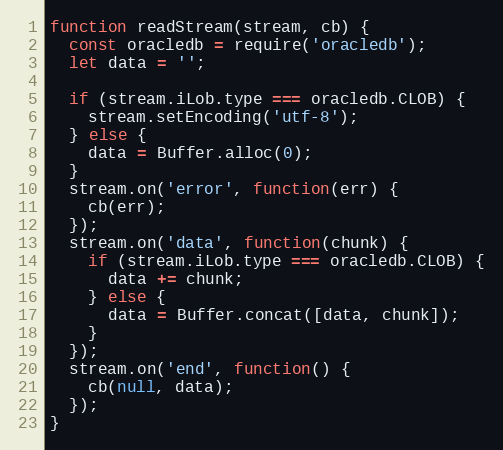
Language: JavaScript
function readStream(stream, cb) {
  const oracledb = require('oracledb');
  let data = '';

  if (stream.iLob.type === oracledb.CLOB) {
    stream.setEncoding('utf-8');
  } else {
    data = Buffer.alloc(0);
  }
  stream.on('error', function(err) {
    cb(err);
  });
  stream.on('data', function(chunk) {
    if (stream.iLob.type === oracledb.CLOB) {
      data += chunk;
    } else {
      data = Buffer.concat([data, chunk]);
    }
  });
  stream.on('end', function() {
    cb(null, data);
  });
}